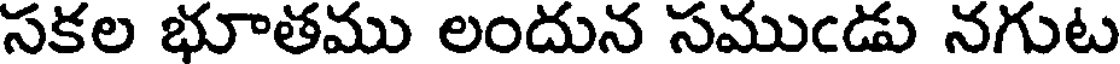
సకల భూతము లందున సముఁడు నగుట